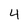
Character: 4